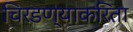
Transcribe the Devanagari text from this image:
चिरडण्याकरिता